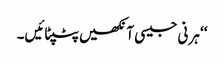
‘‘ ہرنی جیسی آنکھیں پٹپٹائیں۔